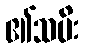
၏သမီး